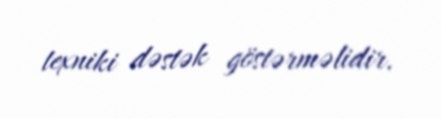
texniki dəstək göstərməlidir.